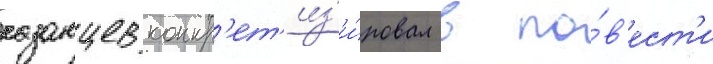
казанцев конкр'ет'из'и́ровал в по́в'ест'и